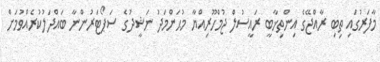
މާފަރުގައި ތިބި ރާއްޖޭގެ އިންތިޚާބީ ރައީސުލް ޖުމްހޫރިއްޔާ މުޙަންމަދު ނަޝީދުގެ ސަޕޯޓަރުންނާ ބައްދަލުކުރެއްވުމަށް